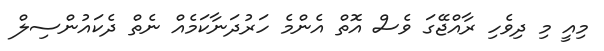
މިއީ މި ދިވެހި ރާއްޖޭގަ ވެސް އޮތް އެންމެ ހަރުދަނާކަމެއް ނެތް ދެކައުންސިލް